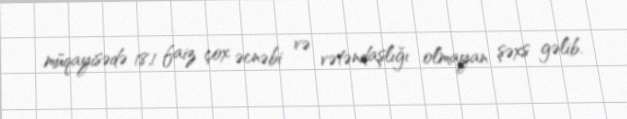
müqayisədə 18,1 faiz çox əcnəbi və vətəndaşlığı olmayan şəxs gəlib.